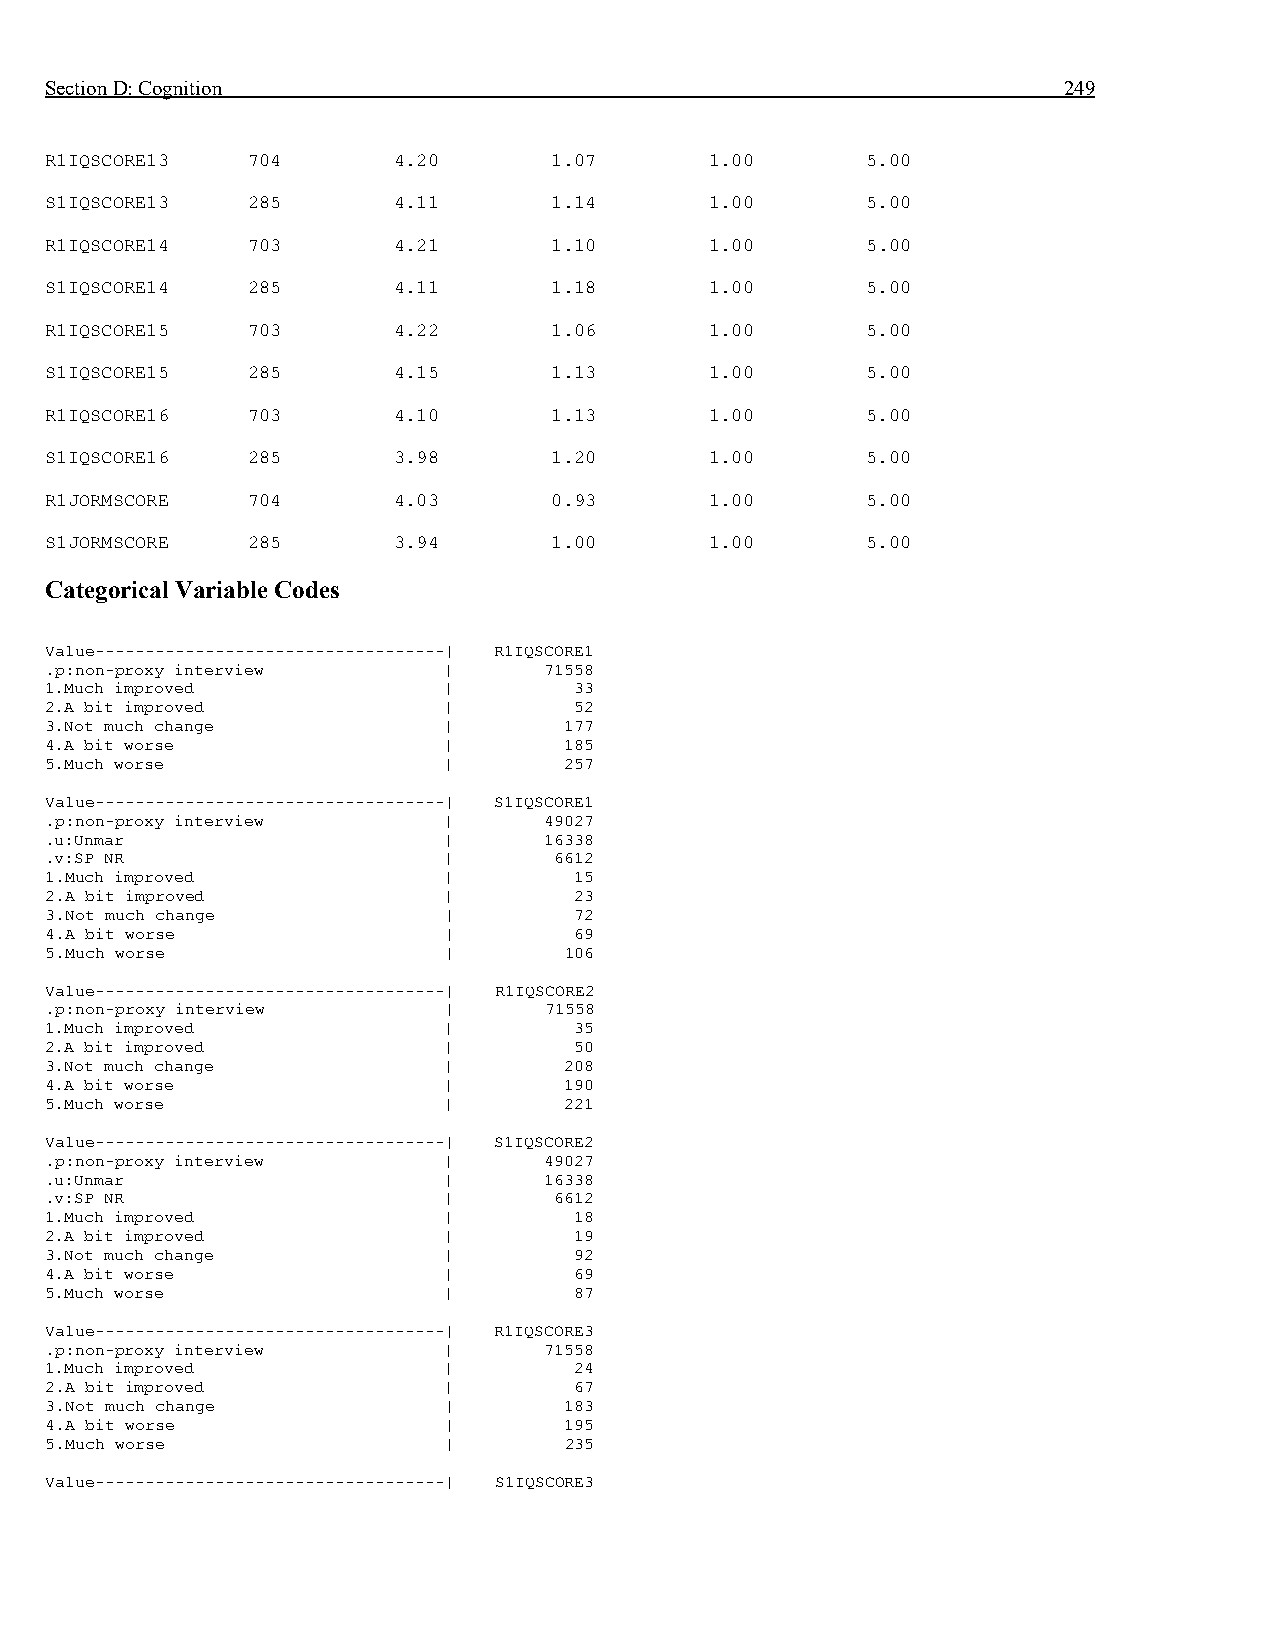
Section D: Cognition                                               249
 R1IQSCORE13  704       4.20      1.07       1.00      5.00
 S1IQSCORE13  285       4.11      1.14       1.00      5.00
 R1IQSCORE14  703       4.21      1.10       1.00      5.00
 S1IQSCORE14  285       4.11      1.18       1.00      5.00
 R1IQSCORE15  703       4.22      1.06       1.00      5.00
 S1IQSCORE15  285       4.15      1.13       1.00      5.00
 R1IQSCORE16  703       4.10      1.13       1.00      5.00
 S1IQSCORE16  285       3.98      1.20       1.00      5.00
 R1JORMSCORE  704       4.03      0.93       1.00      5.00
 S1JORMSCORE  285       3.94      1.00       1.00      5.00
 Categorical Variable Codes
 Value-----------------------------------| R1IQSCORE1
 .p:non-proxy interview    |      71558
 1.Much improved           |        33
 2.A bit improved          |        52
 3.Not much change         |       177
 4.A bit worse             |       185
 5.Much worse              |       257
 Value-----------------------------------| S1IQSCORE1
 .p:non-proxy interview    |      49027
 .u:Unmar                  |      16338
 .v:SP NR                  |       6612
 1.Much improved           |        15
 2.A bit improved          |        23
 3.Not much change         |        72
 4.A bit worse             |        69
 5.Much worse              |       106
 Value-----------------------------------| R1IQSCORE2
 .p:non-proxy interview    |      71558
 1.Much improved           |        35
 2.A bit improved          |        50
 3.Not much change         |       208
 4.A bit worse             |       190
 5.Much worse              |       221
 Value-----------------------------------| S1IQSCORE2
 .p:non-proxy interview    |      49027
 .u:Unmar                  |      16338
 .v:SP NR                  |       6612
 1.Much improved           |        18
 2.A bit improved          |        19
 3.Not much change         |        92
 4.A bit worse             |        69
 5.Much worse              |        87
 Value-----------------------------------| R1IQSCORE3
 .p:non-proxy interview    |      71558
 1.Much improved           |        24
 2.A bit improved          |        67
 3.Not much change         |       183
 4.A bit worse             |       195
 5.Much worse              |       235
 Value-----------------------------------| S1IQSCORE3